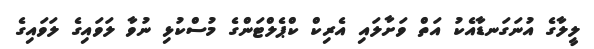
ލީލާގެ އުނަގަނޑާއެކު އަތް ވަށާލައި އެރިކް ކްޕެލްޓަންގެ މުސްކުޅި ނުވާ ލަވައިގެ ލަވައިގެ